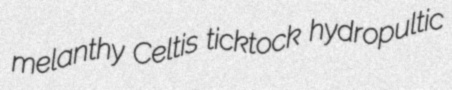
melanthy Celtis ticktock hydropultic